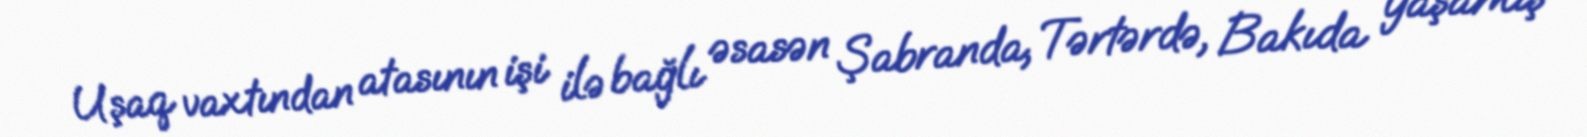
Uşaq vaxtından atasının işi ilə bağlı əsasən Şabranda, Tərtərdə, Bakıda yaşamış